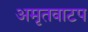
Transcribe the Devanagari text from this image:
अमृतवाटप